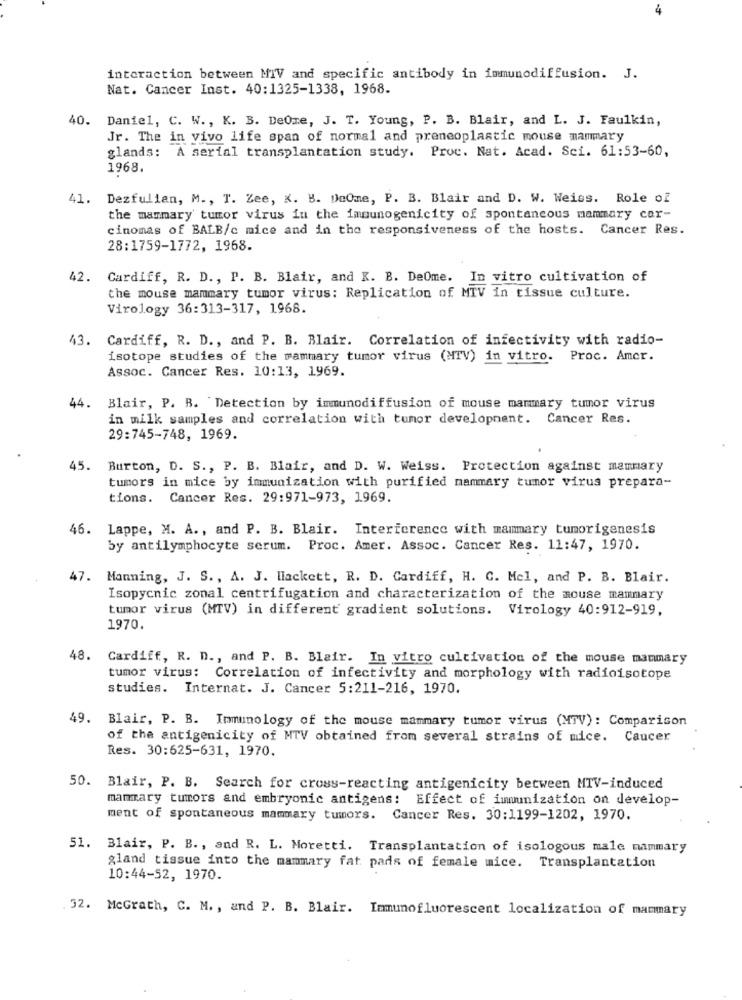
4
interaction between MTV and specific antibody in immunodiffusion. J.
Nat. Cancer Inst. 40:1325-1338, 1968.
40. Daniel, C. W ., K. B. DeOme, J. T. Young, P. B. Blair, and L. J. Faulkin,
Jr. The in vivo life span of normal and preneoplastic mouse mammary
glands: A serial transplantation study. Proc. Nat. Acad. Sci. 61:53-60,
1968.
41. Dezfulian, M ., T. Zee, K. B. DeOme, P. B. Blair and D. W. Weiss. Role of
the mammary tumor virus in the immunogenicity of spontaneous mammary car-
cinomas of BALB/c mice and in the responsiveness of the hosts. Cancer Res.
28:1759-1772, 1968.
42. Cardiff, R. D ., P. B. Blair, and K. B. DeOme. In vitro cultivation of
the mouse mammary tumor virus: Replication of MTV in tissue culture.
Virology 36:313-317, 1968.
43.
Cardiff, R. D ., and P. B. Blair. Correlation of infectivity with radio-
isotope studies of the mammary tumor virus (MTV) in vitro. Proc. Amer.
Assoc. Cancer Res. 10:13, 1969.
44. Blair, P. R. Detection by immunodiffusion of mouse mammary tumor virus
in milk samples and correlation with tumor development. Cancer Res.
29:745-748, 1969.
45.
Burton, D. S ., P. B. Blair, and D. W. Weiss. Protection against mammary
tumors in mice by immunization with purified mammary tumor virus prepara-
tions. Cancer Res. 29:971-973, 1969.
46. Lappe, M. A ., and P. B. Blair. Interference with mammary tumorigenesis
by antilymphocyte serum. Proc. Amer. Assoc. Cancer Res. 11:47, 1970.
47. Manning, J. S ., A. J. Hackett, R. D. Cardiff, H. C. Mel, and P. B. Blair.
Isopycnic zonal centrifugation and characterization of the mouse mammary
tumor virus (MTV) in different gradient solutions. Virology 40:912-919,
1970.
48. Cardiff, R. D ., and P. B. Blair. In vitro cultivation of the mouse mammary
tumor virus: Correlation of infectivity and morphology with radioisotope
studies. Internat. J. Cancer 5:211-216, 1970.
49.
Blair, P. B. Immunology of the mouse mammary tumor virus (MTV): Comparison
of the antigenicity of MTV obtained from several strains of mice. Caucer
Res. 30:625-631, 1970.
50. Blair, P. B. Search for cross-reacting antigenicity between MTV-induced
mammary tumors and embryonic antigens: Effect of immunization on develop-
ment of spontaneous mammary tumors. Cancer Res. 30:1199-1202, 1970.
51. Blair, P. B ., and R. L. Moretti. Transplantation of isologous male mammary
gland tissue into the mammary fat pads of female mice. Transplantation
10:44-52, 1970.
32. McGrath, C. M. , and P. B. Blair. Immunofluorescent localization of mammary